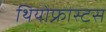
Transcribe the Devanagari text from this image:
थियोफ्रास्टस